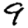
Digit: 9